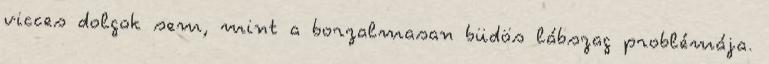
vicces dolgok sem, mint a borzalmasan büdös lábszag problémája.